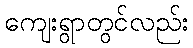
ကျေးရွာတွင်လည်း